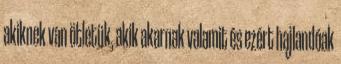
akiknek van ötletük, akik akarnak valamit és ezért hajlandóak